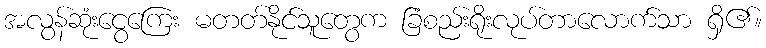
အလွန်ဆုံးငွေကြေး မတတ်နိုင်သူတွေက ခြံစည်းရိုးလုပ်တာလောက်သာ ရှိ၏။